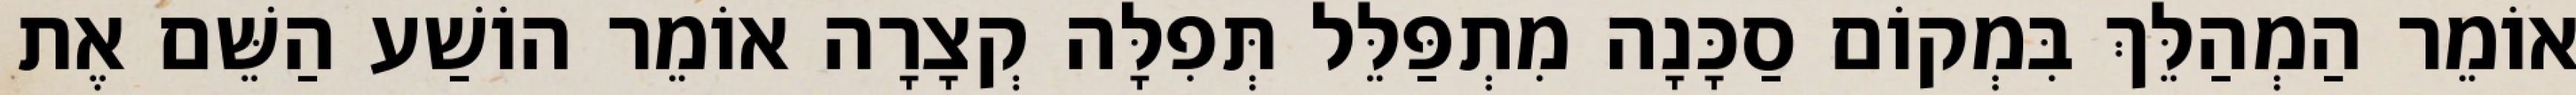
אוֹמֵר הַמְהַלֵּךְ בִּמְקוֹם סַכָּנָה מִתְפַּלֵּל תְּפִלָּה קְצָרָה אוֹמֵר הוֹשַׁע הַשֵּׁם אֶת